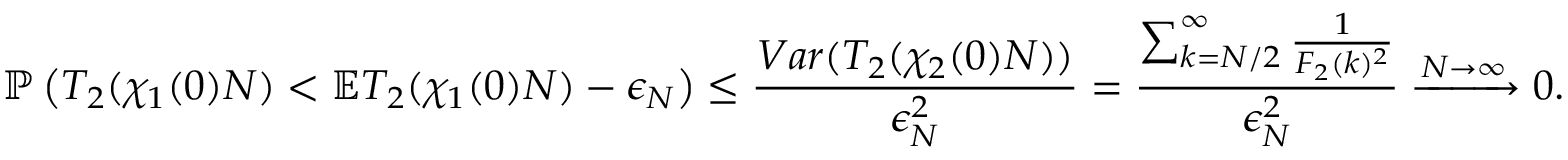
\mathbb { P } \left( T _ { 2 } ( \chi _ { 1 } ( 0 ) N ) < \mathbb { E } T _ { 2 } ( \chi _ { 1 } ( 0 ) N ) - \epsilon _ { N } \right) \le \frac { V a r ( T _ { 2 } ( \chi _ { 2 } ( 0 ) N ) ) } { \epsilon _ { N } ^ { 2 } } = \frac { \sum _ { k = N / 2 } ^ { \infty } \frac { 1 } { F _ { 2 } ( k ) ^ { 2 } } } { \epsilon _ { N } ^ { 2 } } \xrightarrow { N \to \infty } 0 .